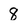
Character: 8